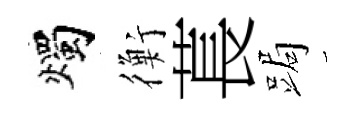
燭衡萇跼